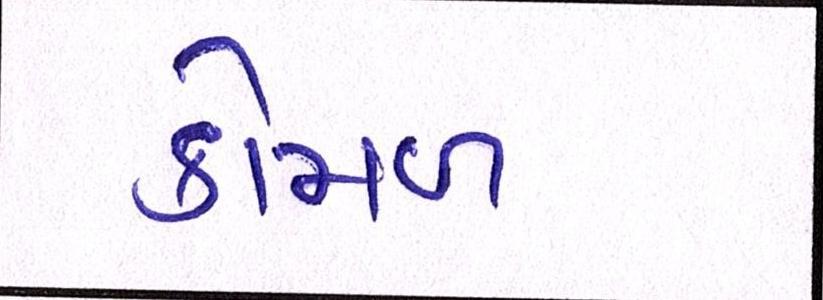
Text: કોમળ